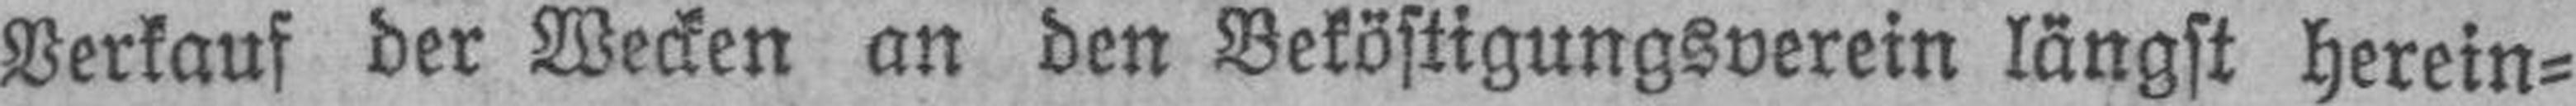
Verkauf der Wecken an den Beköstigungsverein längst herein¬